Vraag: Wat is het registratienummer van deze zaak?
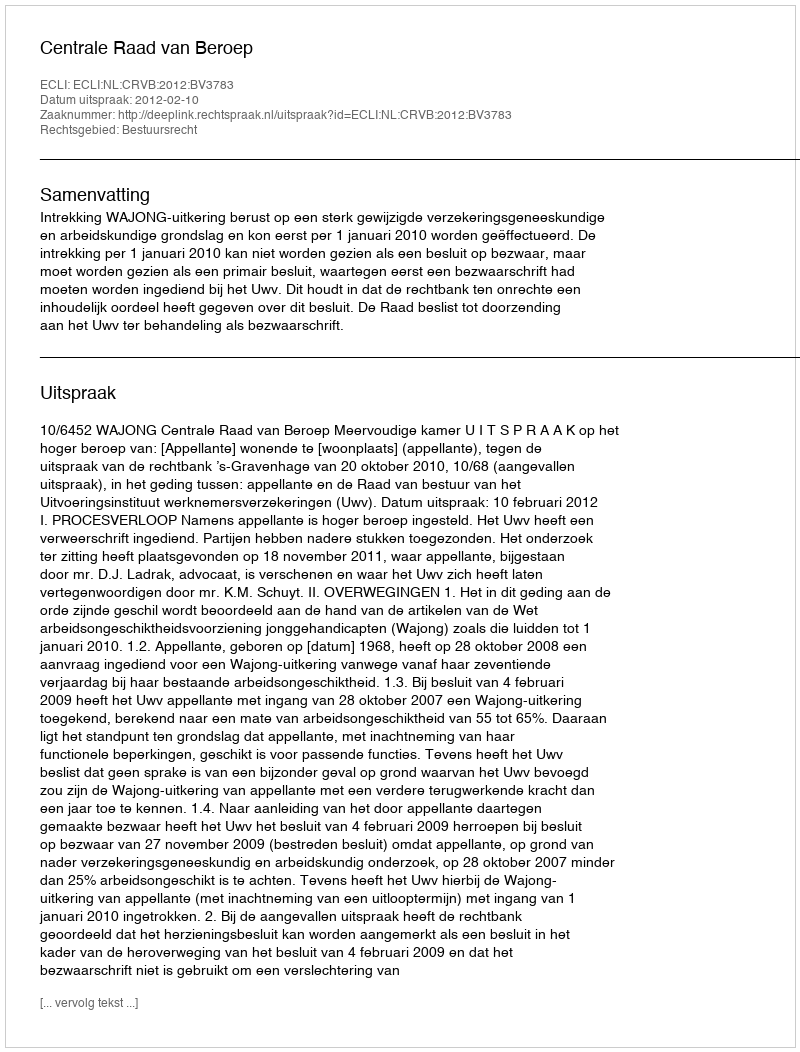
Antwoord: http://deeplink.rechtspraak.nl/uitspraak?id=ECLI:NL:CRVB:2012:BV3783